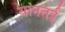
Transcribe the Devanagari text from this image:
यानतई